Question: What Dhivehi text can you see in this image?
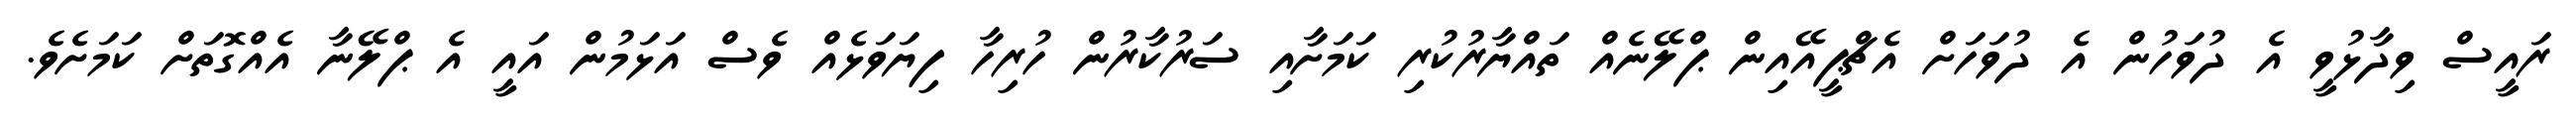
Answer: ރައީސް ވިދާޅުވީ އެ ދުވަހުން އެ ދުވަހަށް އެޗްޕީއޭއިން ޕްލޭނެއް ތައްޔާރުކުރި ކަމަށާއި ސަރުކާރުން ހުރިހާ ފިޔަވަޅެއް ވެސް އަޅަމުން އައީ އެ ޕްލޭނާ އެއްގޮތަށް ކަމަށެވެ.